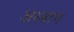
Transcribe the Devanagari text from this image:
अस्बाग